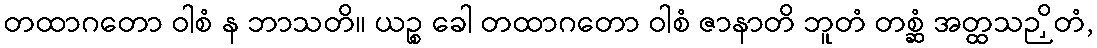
တထာဂတော ဝါစံ န ဘာသတိ။ ယဉ္စ ခေါ တထာဂတော ဝါစံ ဇာနာတိ ဘူတံ တစ္ဆံ အတ္ထသဉှိတံ,